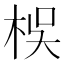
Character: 𣑀